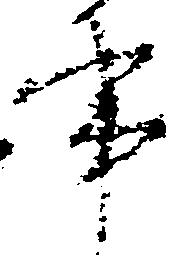
事